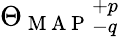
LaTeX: \Theta_{\mathrm{~M~A~P~}}{}_{-q}^{+p}